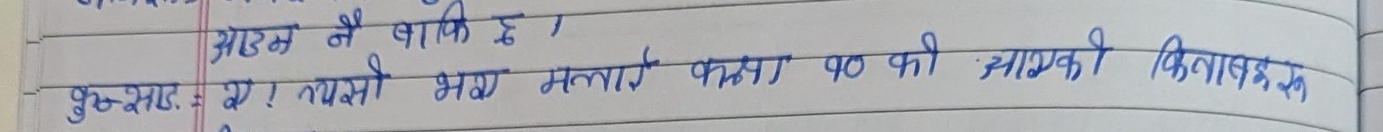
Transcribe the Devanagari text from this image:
अडम ने बाकि है।
दुश्शा० : ए। त्यसो भय मलाई फर्केर १० की लाग्छ किताब छैन